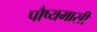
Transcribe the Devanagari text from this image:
पौष्यमासीं